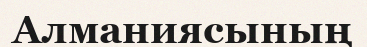
Алманиясының